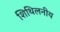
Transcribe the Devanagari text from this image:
शिथिलनीय